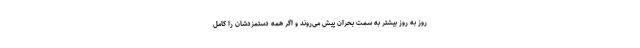
روز به روز بیشتر به سمت بحران پیش می‌روند و اگر همه دستمزدشان را کامل